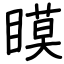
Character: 瞙